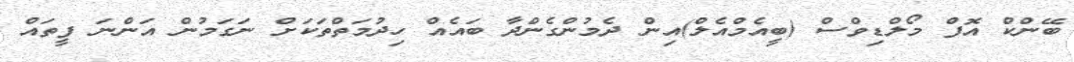
ބޭންކް އޮފް މޯލްޑިވްސް (ބީއެމްއެލް)އިން ދެމުންގެންދާ ބައެއް ހިދުމަތްތަކަށް ނަގަމުން އަންނަ ފީތައް